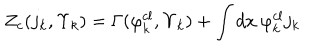
Z _ { c } ( j _ { k } , \Upsilon _ { k } ) = \Gamma ( \varphi _ { k } ^ { c l } , \Upsilon _ { k } ) + \int d x \: \varphi _ { k } ^ { c l } j _ { k }